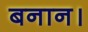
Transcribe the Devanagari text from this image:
बनान।